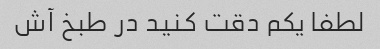
لطفا یکم دقت کنید در طبخ آش